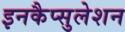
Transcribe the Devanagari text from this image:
इनकैप्सुलेशन